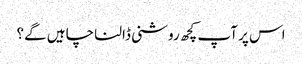
اس پر آپ کچھ روشنی ڈالنا چاہیں گے؟